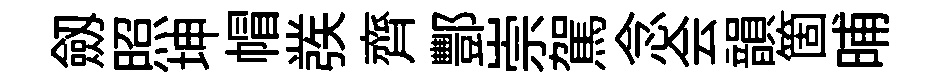
劔照坤帽彂齊酆崇駕念会韻箇晡